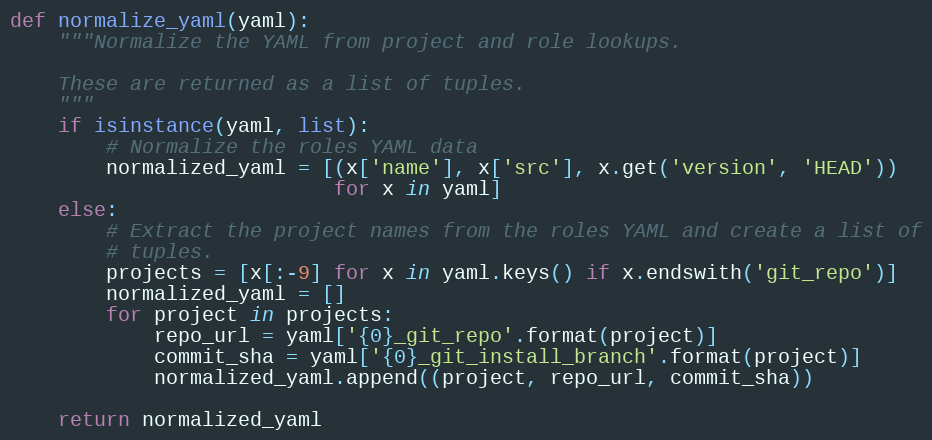
Language: Python
def normalize_yaml(yaml):
    """Normalize the YAML from project and role lookups.

    These are returned as a list of tuples.
    """
    if isinstance(yaml, list):
        # Normalize the roles YAML data
        normalized_yaml = [(x['name'], x['src'], x.get('version', 'HEAD'))
                           for x in yaml]
    else:
        # Extract the project names from the roles YAML and create a list of
        # tuples.
        projects = [x[:-9] for x in yaml.keys() if x.endswith('git_repo')]
        normalized_yaml = []
        for project in projects:
            repo_url = yaml['{0}_git_repo'.format(project)]
            commit_sha = yaml['{0}_git_install_branch'.format(project)]
            normalized_yaml.append((project, repo_url, commit_sha))

    return normalized_yaml